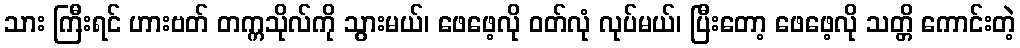
သား ကြီးရင် ဟားဗတ် တက္ကသိုလ်ကို သွားမယ်၊ ဖေဖေ့လို ဝတ်လုံ လုပ်မယ်၊ ပြီးတော့ ဖေဖေ့လို သတ္တိ ကောင်းတဲ့